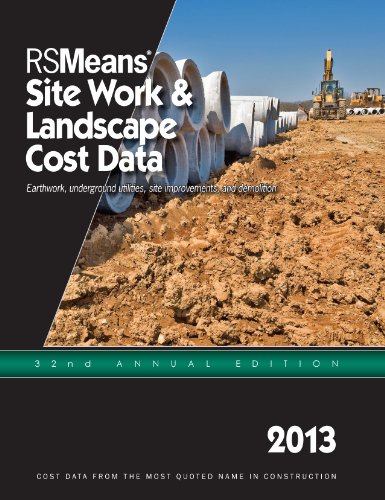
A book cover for RSMeans Site Work & Landscape Cost Data 2013; RSMeans Engineering Department; Arts & Photography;